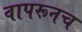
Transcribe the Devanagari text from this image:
वापरूनच